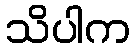
သိပါက